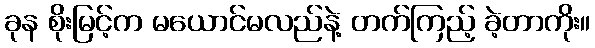
ခုန စိုးမြင့်က မယောင်မလည်နဲ့ တက်ကြည့် ခဲ့တာကိုး။